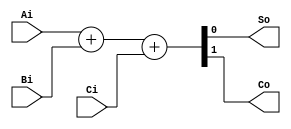
module full_adder1(
    input    Ai, Bi, Ci,
    output   So, Co);

    assign {Co, So} = Ai + Bi + Ci ;
endmodule